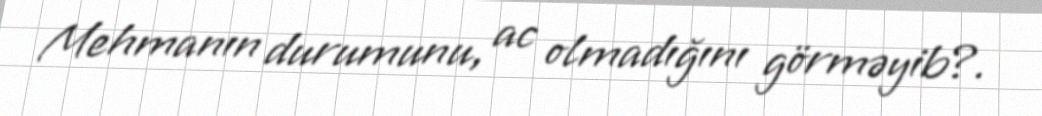
Mehmanın durumunu, ac olmadığını görməyib?.